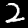
Label: 2